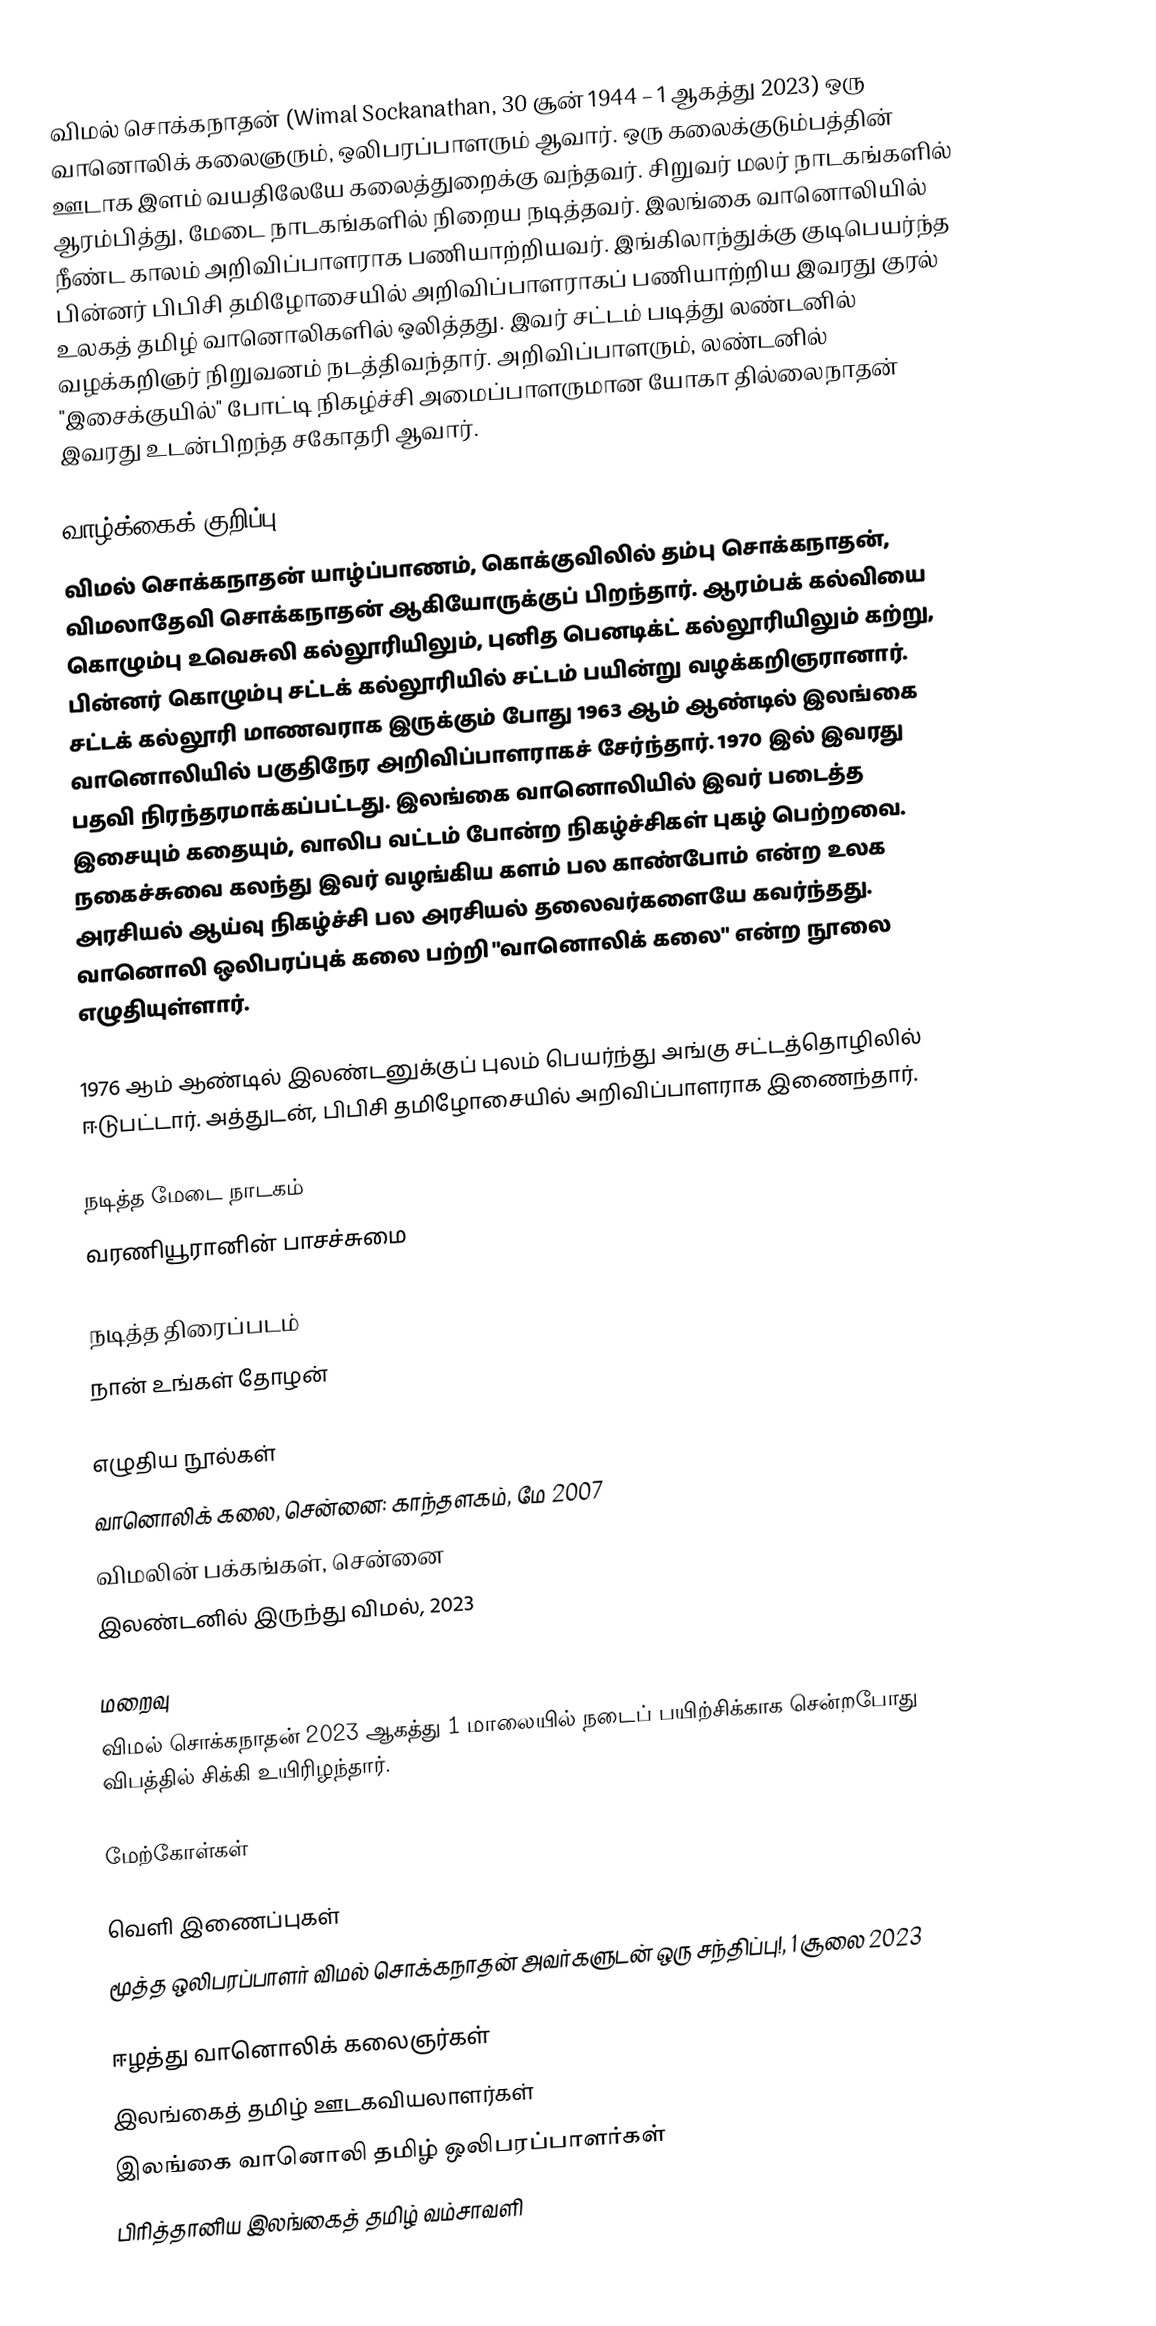
விமல் சொக்கநாதன் (Wimal Sockanathan, 30 சூன் 1944 – 1 ஆகத்து 2023) ஒரு வானொலிக் கலைஞரும், ஒலிபரப்பாளரும் ஆவார். ஒரு கலைக்குடும்பத்தின் ஊடாக இளம் வயதிலேயே கலைத்துறைக்கு வந்தவர். சிறுவர் மலர் நாடகங்களில் ஆரம்பித்து, மேடை நாடகங்களில் நிறைய நடித்தவர். இலங்கை வானொலியில் நீண்ட காலம் அறிவிப்பாளராக பணியாற்றியவர். இங்கிலாந்துக்கு குடிபெயர்ந்த பின்னர் பிபிசி தமிழோசையில் அறிவிப்பாளராகப் பணியாற்றிய இவரது குரல் உலகத் தமிழ் வானொலிகளில் ஒலித்தது. இவர் சட்டம் படித்து லண்டனில் வழக்கறிஞர் நிறுவனம் நடத்திவந்தார். அறிவிப்பாளரும், லண்டனில் "இசைக்குயில்" போட்டி நிகழ்ச்சி அமைப்பாளருமான யோகா தில்லைநாதன் இவரது உடன்பிறந்த சகோதரி ஆவார்.

வாழ்க்கைக் குறிப்பு
விமல் சொக்கநாதன் யாழ்ப்பாணம், கொக்குவிலில் தம்பு சொக்கநாதன், விமலாதேவி சொக்கநாதன் ஆகியோருக்குப் பிறந்தார். ஆரம்பக் கல்வியை கொழும்பு உவெசுலி கல்லூரியிலும், புனித பெனடிக்ட் கல்லூரியிலும் கற்று, பின்னர் கொழும்பு சட்டக் கல்லூரியில் சட்டம் பயின்று வழக்கறிஞரானார். சட்டக் கல்லூரி மாணவராக இருக்கும் போது 1963 ஆம் ஆண்டில் இலங்கை வானொலியில் பகுதிநேர அறிவிப்பாளராகச் சேர்ந்தார். 1970 இல் இவரது பதவி நிரந்தரமாக்கப்பட்டது. இலங்கை வானொலியில் இவர் படைத்த இசையும் கதையும், வாலிப வட்டம் போன்ற நிகழ்ச்சிகள் புகழ் பெற்றவை. நகைச்சுவை கலந்து இவர் வழங்கிய களம் பல காண்போம் என்ற உலக அரசியல் ஆய்வு நிகழ்ச்சி பல அரசியல் தலைவர்களையே கவர்ந்தது. வானொலி ஒலிபரப்புக் கலை பற்றி "வானொலிக் கலை" என்ற நூலை எழுதியுள்ளார்.

1976 ஆம் ஆண்டில் இலண்டனுக்குப் புலம் பெயர்ந்து அங்கு சட்டத்தொழிலில் ஈடுபட்டார். அத்துடன், பிபிசி தமிழோசையில் அறிவிப்பாளராக இணைந்தார்.

நடித்த மேடை நாடகம்
 வரணியூரானின் பாசச்சுமை

நடித்த திரைப்படம்
 நான் உங்கள் தோழன்

எழுதிய நூல்கள்
 வானொலிக் கலை, சென்னை: காந்தளகம், மே 2007
 விமலின் பக்கங்கள், சென்னை
 இலண்டனில் இருந்து விமல், 2023

மறைவு
விமல் சொக்கநாதன் 2023 ஆகத்து 1 மாலையில் நடைப் பயிற்சிக்காக சென்றபோது விபத்தில் சிக்கி உயிரிழந்தார்.

மேற்கோள்கள்

வெளி இணைப்புகள்
மூத்த ஒலிபரப்பாளர் விமல் சொக்கநாதன் அவர்களுடன் ஒரு சந்திப்பு!, 1 சூலை 2023

ஈழத்து வானொலிக் கலைஞர்கள்
இலங்கைத் தமிழ் ஊடகவியலாளர்கள்
இலங்கை வானொலி தமிழ் ஒலிபரப்பாளர்கள்
பிரித்தானிய இலங்கைத் தமிழ் வம்சாவளி